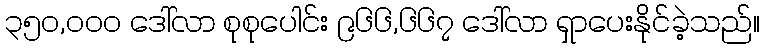
၃၅၀,၀၀၀ ဒေါ်လာ စုစုပေါင်း ၉၆၆,၆၆၇ ဒေါ်လာ ရှာပေးနိုင်ခဲ့သည်။